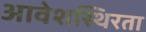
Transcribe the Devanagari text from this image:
आवेशस्थिरता